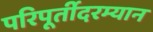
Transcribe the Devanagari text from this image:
परिपूर्तीदरम्यान